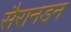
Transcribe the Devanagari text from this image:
सैरानडन